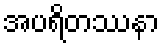
အပရိတဿနာ